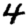
Digit: 4